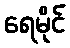
ရေမိုင်